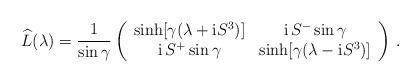
LaTeX: \begin{align*} \widehat{L}(\lambda) = \frac{1}{\sin\gamma} \left( \begin{array}{cc} \sinh [\gamma(\lambda + {\rm i} S^3)] & {\rm i}\, S^- \sin\gamma \\ {\rm i}\, S^+ \sin\gamma & \sinh [\gamma(\lambda - {\rm i} S^3)] \end{array} \right) \,.\end{align*}